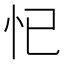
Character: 𱞁